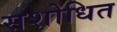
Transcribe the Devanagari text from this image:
सशोधित